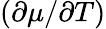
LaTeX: (\partial\mu/\partial T)